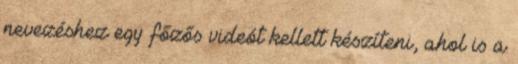
nevezéshez egy főzős videót kellett készíteni, ahol is a